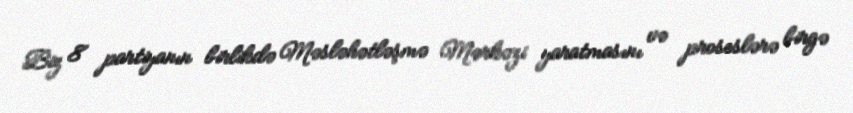
Biz 8 partiyanın birlikdə Məsləhətləşmə Mərkəzi yaratmasını və proseslərə birgə